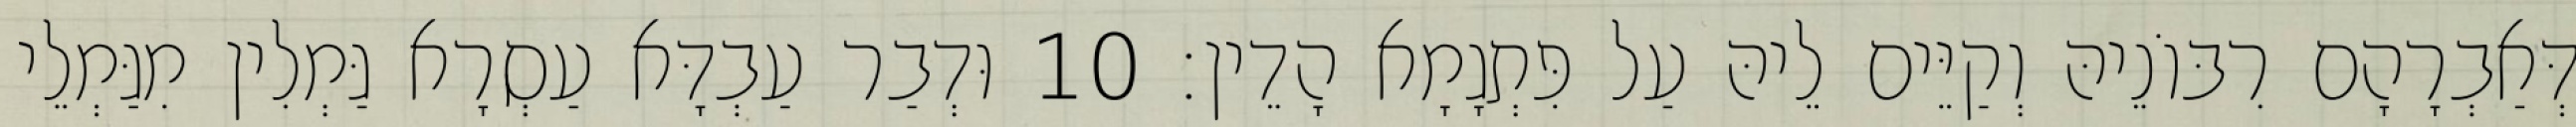
דְּאַבְרָהָם רִבּוֹנֵיהּ וְקַיֵּים לֵיהּ עַל פִּתְגָמָא הָדֵין׃ 10 וּדְבַר עַבְדָּא עַסְרָא גַּמְלִין מִגַּמְלֵי